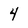
Character: 4